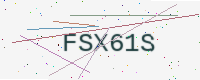
Text: FSX61S